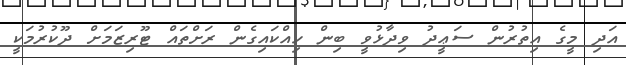
އަދި މީގެ އިތުރުން ސަޢީދު ވިދާޅުވީ ބިން ހިއްކައިގެން ރަށްތައް ޓޫރިޒަމަށް ދޫކުރުމަކީ